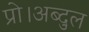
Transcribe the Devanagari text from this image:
प्रो।अब्दुल